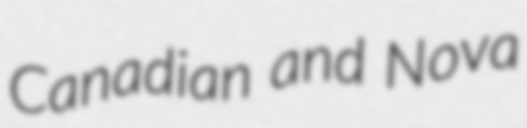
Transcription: Canadian and Nova